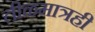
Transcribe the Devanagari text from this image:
तीळमात्रही